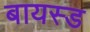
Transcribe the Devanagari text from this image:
बायस्ड